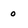
Character: 0